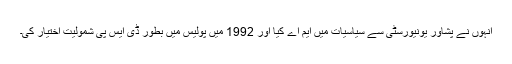
انہوں نے پشاور یونیورسٹی سے سیاسیات میں ایم اے کیا اور 1992 میں پولیس میں بطور ڈی ایس پی شمولیت اختیار کی۔